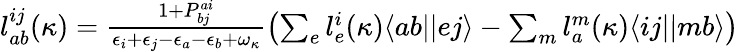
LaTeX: \begin{array}{r}{l_{ab}^{ij}(\kappa)=\frac{1+P_{bj}^{ai}}{\epsilon_{i}+\epsilon_{j}-\epsilon_{a}-\epsilon_{b}+\omega_{\kappa}}\left(\sum_{e}l_{e}^{i}(\kappa)\langle ab||ej\rangle-\sum_{m}l_{a}^{m}(\kappa)\langle ij||mb\rangle\right)}\end{array}